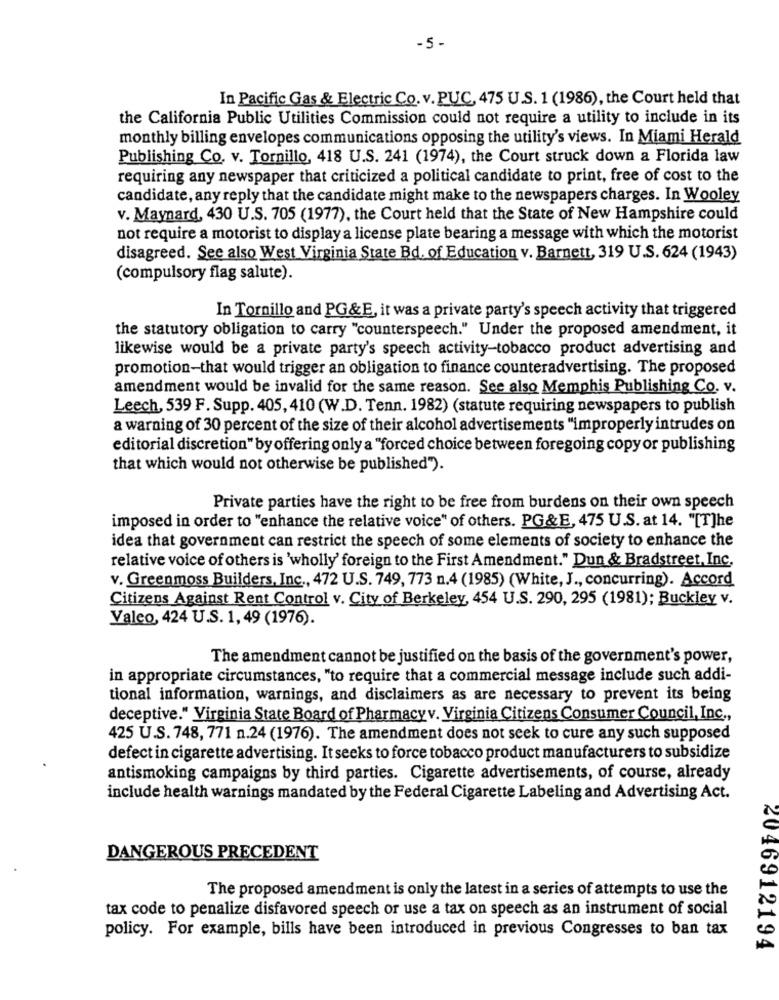
-5-
In Pacific Gas & Electric Co. v. PUC, 475 U.S. 1 (1986), the Court held that
the California Public Utilities Commission could not require a utility to include in its
monthly billing envelopes communications opposing the utility's views. In Miami Herald
Publishing Co. v. Tornillo, 418 U.S. 241 (1974), the Court struck down a Florida law
requiring any newspaper that criticized a political candidate to print, free of cost to the
candidate, any reply that the candidate might make to the newspapers charges. In Wooley
v. Maynard, 430 U.S. 705 (1977), the Court held that the State of New Hampshire could
not require a motorist to display a license plate bearing a message with which the motorist
disagreed. See also West Virginia State Bd. of Education v. Barnett, 319 U.S. 624 (1943)
(compulsory flag salute).
In Tornillo and PG&E, it was a private party's speech activity that triggered
the statutory obligation to carry "counterspeech." Under the proposed amendment, it
likewise would be a private party's speech activity-tobacco product advertising and
promotion-that would trigger an obligation to finance counteradvertising. The proposed
amendment would be invalid for the same reason. See also Memphis Publishing Co. v.
Leech, 539 F. Supp. 405, 410 (W.D. Tenn. 1982) (statute requiring newspapers to publish
a warning of 30 percent of the size of their alcohol advertisements "improperly intrudes on
editorial discretion" by offering only a "forced choice between foregoing copy or publishing
that which would not otherwise be published").
Private parties have the right to be free from burdens on their own speech
imposed in order to "enhance the relative voice" of others. PG&E, 475 U.S. at 14. "[T]he
idea that government can restrict the speech of some elements of society to enhance the
relative voice of others is 'wholly' foreign to the First Amendment." Dun & Bradstreet, Inc.
v. Greenmoss Builders, Inc ., 472 U.S. 749, 773 n.4 (1985) (White, J ., concurring). Accord
Citizens Against Rent Control v. City of Berkeley, 454 U.S. 290, 295 (1981); Buckley v.
Valeo, 424 U.S. 1, 49 (1976).
The amendment cannot be justified on the basis of the government's power,
in appropriate circumstances, "to require that a commercial message include such addi-
tional information, warnings, and disclaimers as are necessary to prevent its being
deceptive." Virginia State Board of Pharmacyv. Virginia Citizens Consumer Council, Inc .,
425 U.S. 748, 771 n.24 (1976). The amendment does not seek to cure any such supposed
defect in cigarette advertising. It seeks to force tobacco product manufacturers to subsidize
antismoking campaigns by third parties. Cigarette advertisements, of course, already
include health warnings mandated by the Federal Cigarette Labeling and Advertising Act.
DANGEROUS PRECEDENT
The proposed amendment is only the latest in a series of attempts to use the
tax code to penalize disfavored speech or use a tax on speech as an instrument of social
policy. For example, bills have been introduced in previous Congresses to ban tax
2046912194